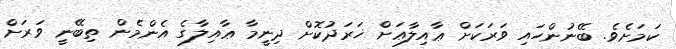
ކަމަށެވެ. ބޭނުންހައި ވަރަކަށް ޢާއިލާޢަށް ޚަރަދުކޮށް ދިނީމާ ޢާއިލާގެ އެންމެން ތިބޭނީ ވަރަށް